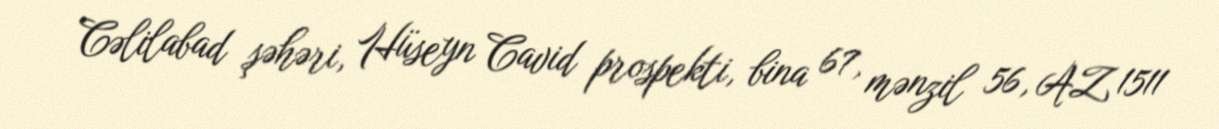
Cəlilabad şəhəri, Hüseyn Cavid prospekti, bina 67, mənzil 56, AZ 1511